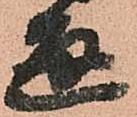
通